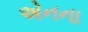
એનના